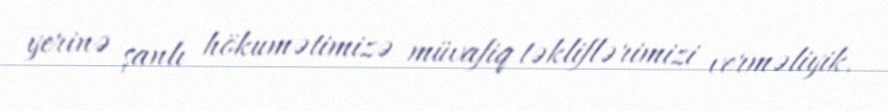
yerinə şanlı hökumətimizə müvafiq təkliflərimizi verməliyik.